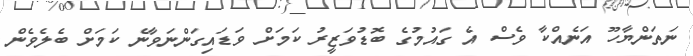
ނަތަންޔާހޫ އަނެއްކާ ވެސް އެ ގައުމުގެ ބޮޑުވަޒީރު ކަމަށް ވަޑައިގަންނަވާނެ ކަމަށް ބެލެވެން